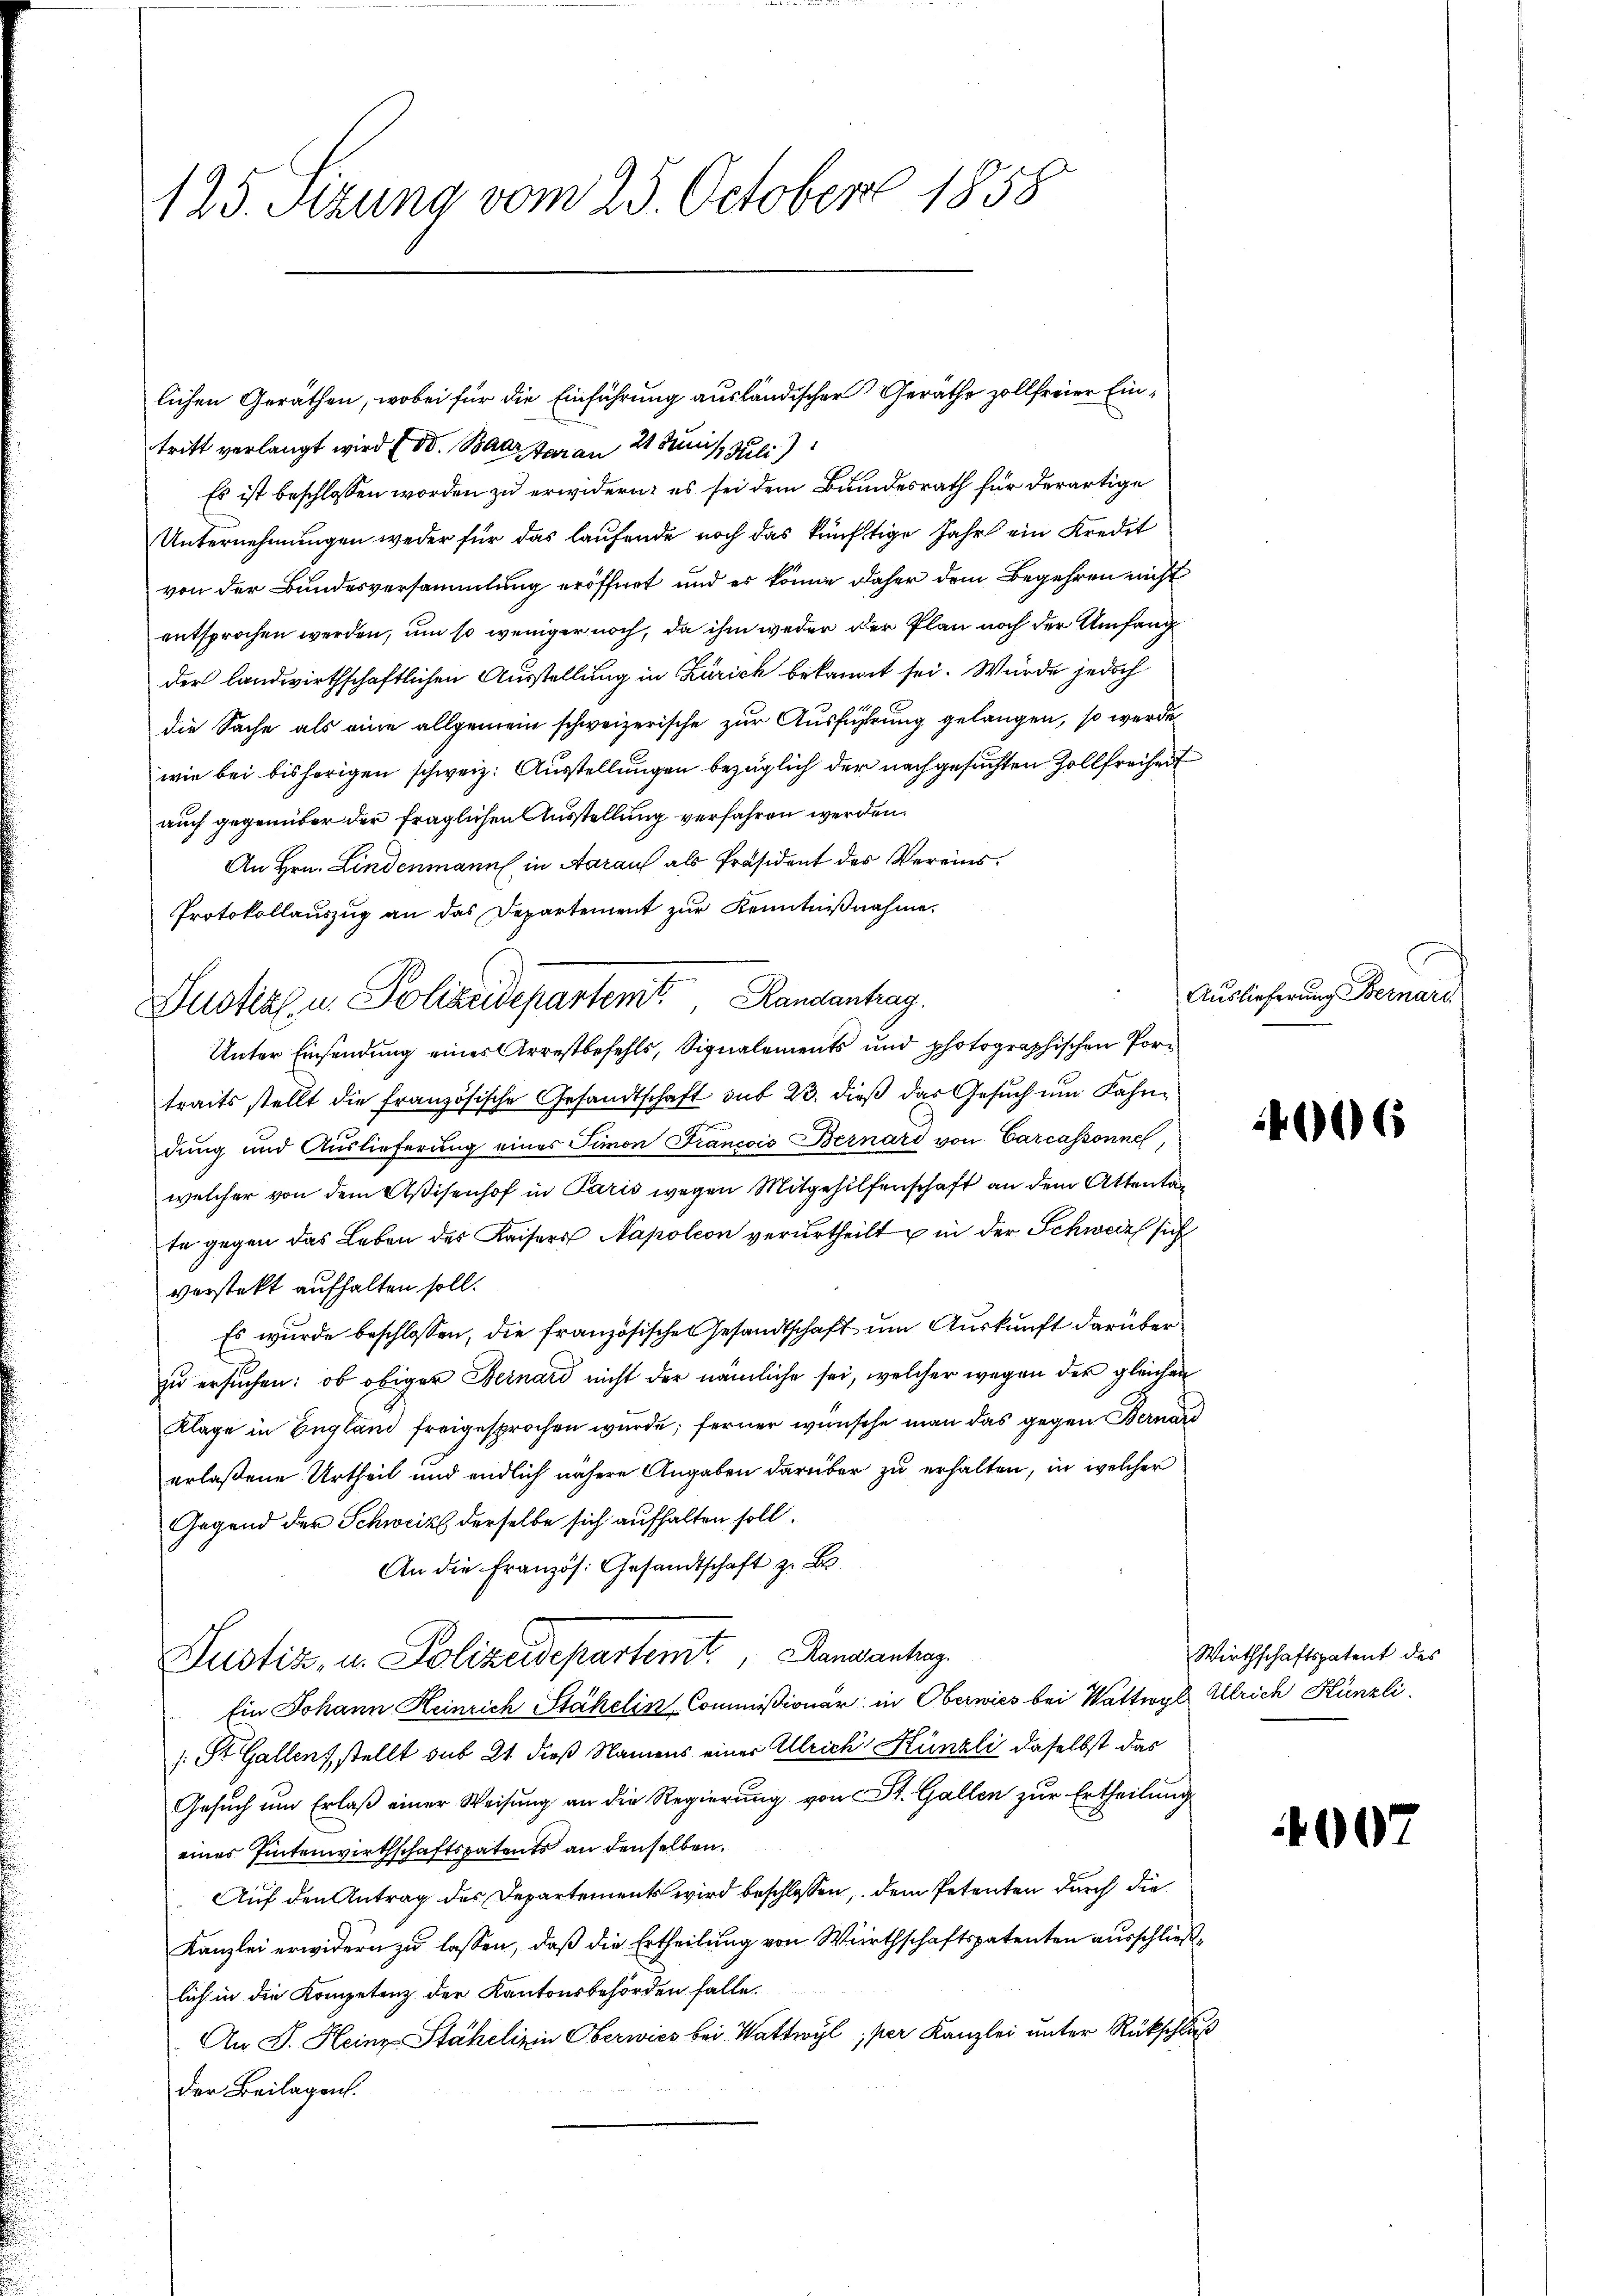
125. Sitzung vom 25. October 1858

lichen Geräthen, wobei für die Einführung ausländischer Geräthe zollfreier Eintritt verlangt wird (od. Bad Garan 21 Juis, Juli
Es ist beschlossen worden zu erwidern: es sei dem Bundesrath für derartige
Unternehmungen weder für das laufende noch das künftige Jahr ein Kredit
von der Bundesversammlung eröffnet und es könne daher dem Begehren nicht
entsprochen werden, um so weniger noch, da ihm weder der Plan noch der Umfang
der landwirthschaftlichen Ausstellung in Zürich bekannt sei. Würde jedoch
die Sache als eine allgemein schweizerische zur Ausführung gelangen, so werde
wie bei bisherigen schweiz. Ausstellungen bezüglich der nachgesuchten Zollfreiheit
auch gegenüber der fraglichen Ausstellung verfahren werden.
An Hrn. Lindenmann in Aarauf als Präsident der Vereins¬
Protokollauszug an das Departement zur Kenntnißnahme.
Unter Einsendung eines Arrestbefehls, Signalements und photographischen Portraits stellt die französische Gesandtschaft sub 23. dieß das Gesuch um Fahndung und Auslieferung eines Simon Francois Bernard von Carcassonnel
welcher von dem Aßisenhof in Paris wegen Mitgehilfenschaft an dem Attentag
te gegen das Leben des Kaisers Napoleon verurtheilt u in der Schwede sich
verstekt aufhalten soll.
Es wurde beschlossen, die französische Gesandtschaft um Auskunft darüber
zu ersuchen: ob obiger Bernard nicht der nämliche sei, welcher wegen der gleichen
Klage in England freigesprochen wurde; ferner wünsche man das gegen Bernard
erlaßene Urtheil und endlich nähere Angaben darüber zu erhalten, in welcher
Gegend der Schweiz derselbe sich aufhalten soll.
An die Französ. Gesandtschaft z. B.
Justiz, u. Polizeidepartemit Genantrag
Ein Johann Heinrich Stähelin Commißionär in Oberwies bei Wattwyl Allrich Künzli
 St. Gallenz stellt sub 21. dieß Namens einer Ulrich Künzli daselbst das
Gesuch um Erlaß einer Weisung an die Regierung von St. Gallen zur Ertheilung
eines Eintenwirthschaftspatents an denselben.
Auf den Antrag des Departements wird beschlossen, dem Petenten durch die
Kanzlei erwidern zu lassen, daß die Ertheilung von Wirthschaftspatenten ausschließlich in die Kompetenz der Kantonsbehörden falle.
An J. Heinz-Stähelinin Oberwies bei Wattwyl, per Kanzlei unter Rückschluß
der Beilagen.

Dustiz u. Polizeidepartem Randantrag.

Auslieferung Bernard.

1006

Wirthschaftspatent des

07